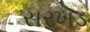
સરખડ